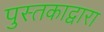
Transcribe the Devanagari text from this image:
पुस्तकाद्वारा